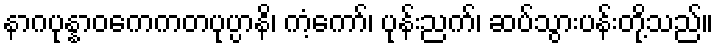
နာဂပုန္နာဝကေကတပုပ္ပာနိ၊ ကံ့ကော်၊ ပုန်းညက်၊ ဆပ်သွားပန်းတို့သည်။